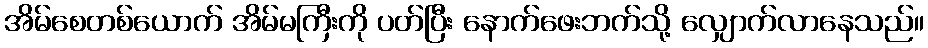
အိမ်စေတစ်ယောက် အိမ်မကြီးကို ပတ်ပြီး နောက်ဖေးဘက်သို့ လျှောက်လာနေသည်။